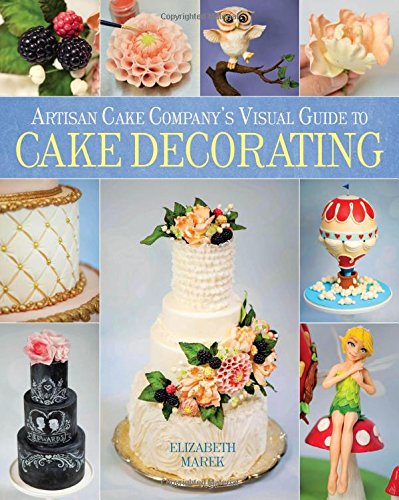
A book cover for Artisan Cake Company's Visual Guide to Cake Decorating; Elizabeth Marek; Cookbooks, Food & Wine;